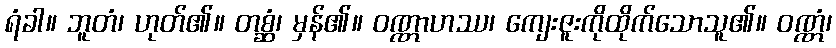
ရံခါ။ ဘူတံ၊ ဟုတ်၏။ တစ္ဆံ၊ မှန်၏။ ဝဏ္ဏာဟဿ၊ ကျေးဇူးကိုထိုက်သောသူ၏။ ဝဏ္ဏံ၊